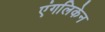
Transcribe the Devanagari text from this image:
एंगलिकेन